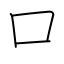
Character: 口